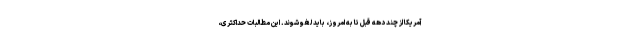
آمریکا از چند دهه قبل تا به امروز، باید لغو شوند. این مطالبات حداکثری،